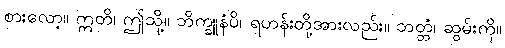
စားလော့။ ဣတိ၊ ဤသို့။ ဘိက္ခူနံပိ၊ ရဟန်းတို့အားလည်း။ ဘတ္တံ၊ ဆွမ်းကို။